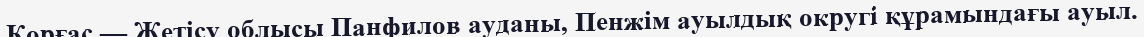
Қорғас — Жетісу облысы Панфилов ауданы, Пенжім ауылдық округі құрамындағы ауыл.